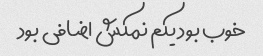
خوب بود یکم نمکش اضافی بود